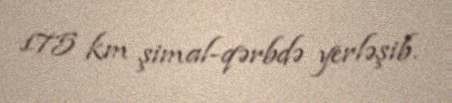
175 km şimal-qərbdə yerləşib.